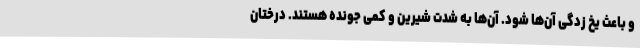
و باعث یخ زدگی آن‌ها شود. آن‌ها به شدت شیرین و کمی جونده هستند. درختان